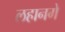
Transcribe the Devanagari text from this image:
लहानगे